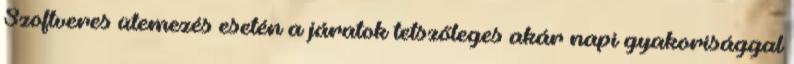
Szoftveres ütemezés esetén a járatok tetszőleges akár napi gyakorisággal